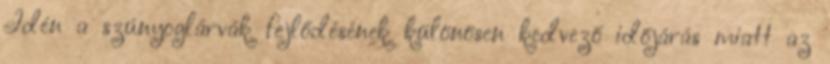
Idén a szúnyoglárvák fejlődésének különösen kedvező időjárás miatt az